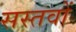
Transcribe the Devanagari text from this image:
सस्तवों